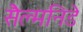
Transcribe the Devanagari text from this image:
सैल्मनिडे